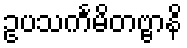
ဥပသင်္ကမိတဗ္ဗာနိ